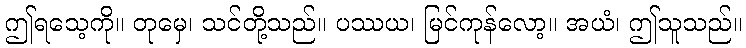
ဤရသေ့ကို။ တုမှေ၊ သင်တို့သည်။ ပဿယ၊ မြင်ကုန်လော့။ အယံ၊ ဤသူသည်။